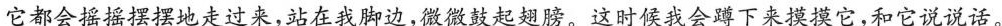
它都会摇摇摆摆地走过来，站在我脚边，微微鼓起翅膀。这时候我会蹲下来摸摸它，和它说说话。